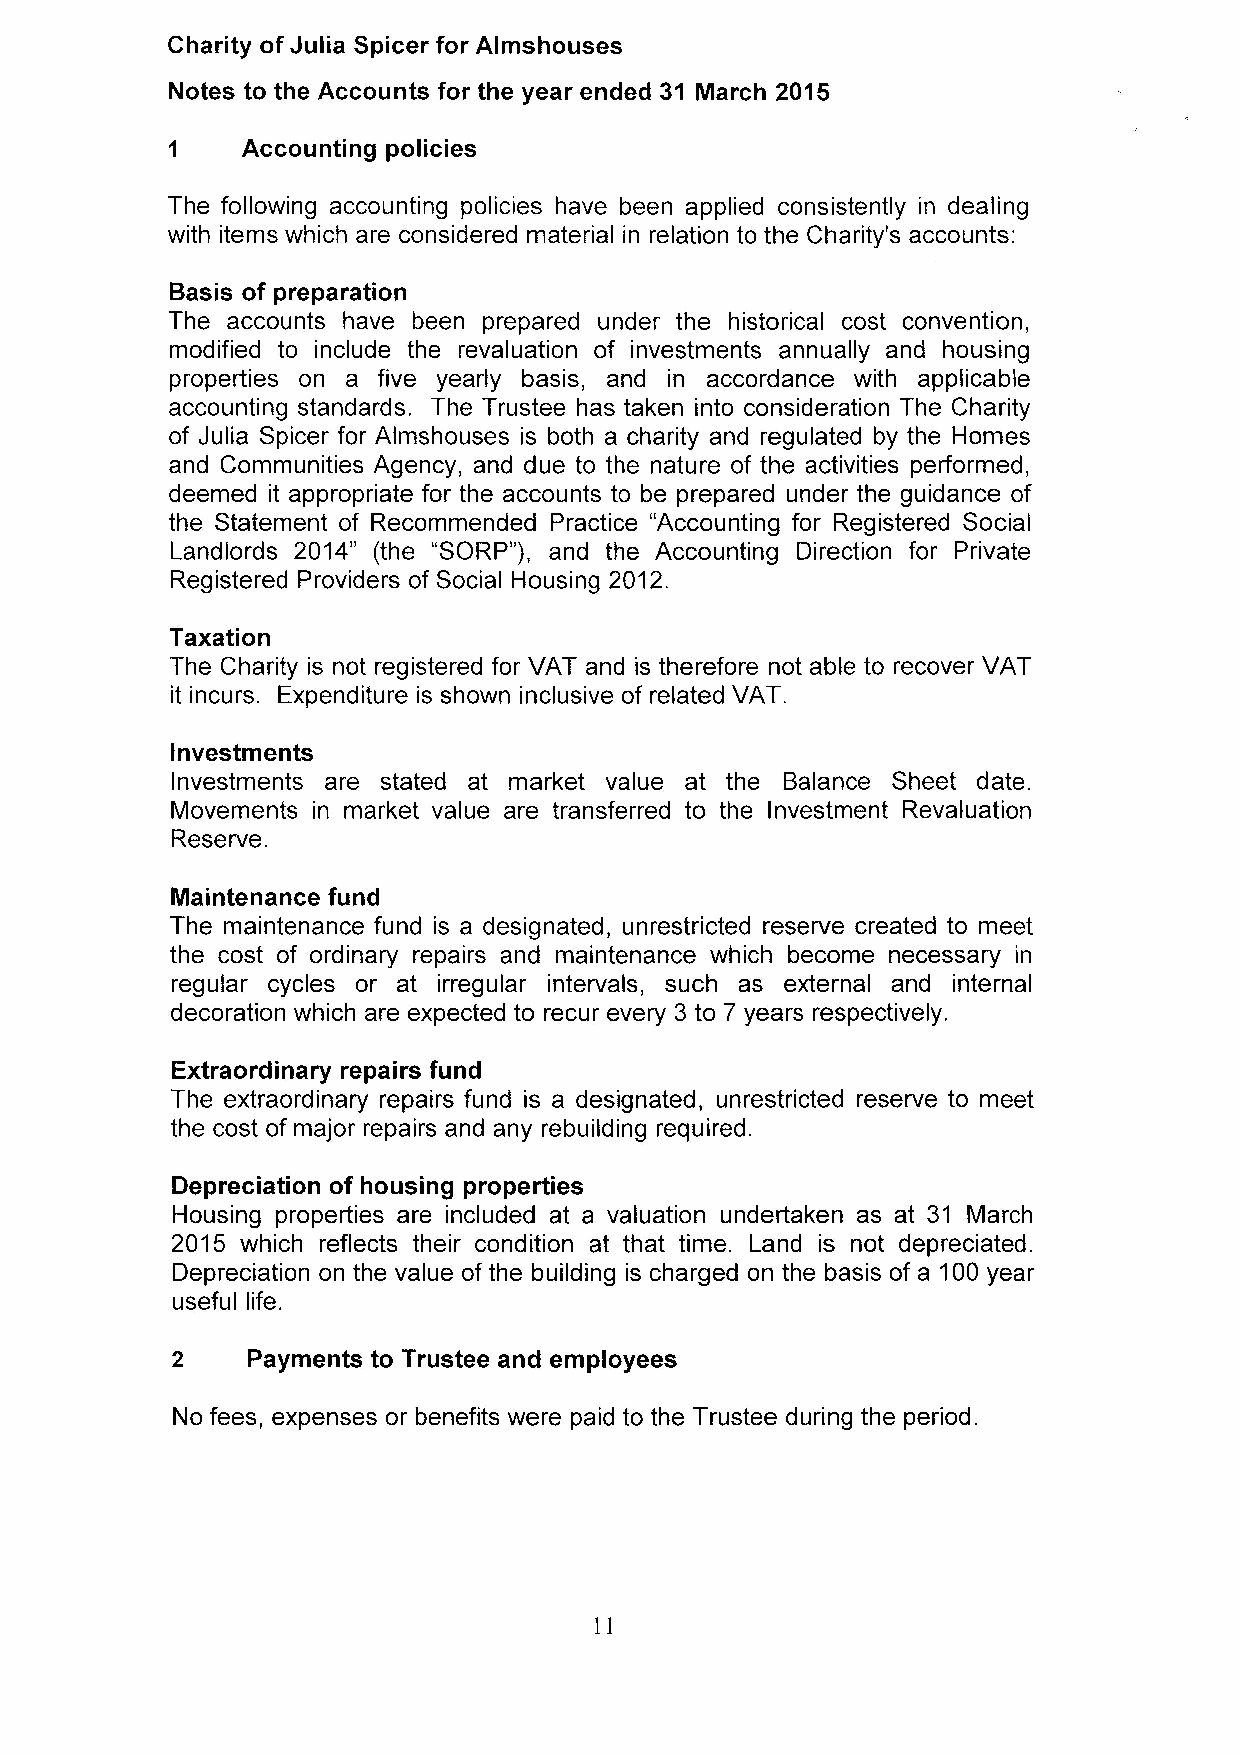
Charity of Julia Spicer for Almshouses
 Notes to the Accounts for the year ended 31 March 2015
 Accounting policies
 The following accounting policies have been applied consistently in dealing
 with items which are considered material in relation to the Charity's accounts:
 Basis of preparation
 The accounts have been prepared under the historical cost convention,
 modified to include the revaluation of investments annually and housing
 properties on a five yearly basis, and in accordance with applicable
 accounting standards. The Trustee has taken into consideration The Charity
 of Julia Spicer for Almshouses is both a charity and regulated by the Homes
 and Communities Agency, and due to the nature of the activities performed,
 deemed it appropriate for the accounts to be prepared under the guidance of
 the Statement of Recommended Practice "Accounting for Registered Social
 Landlords 2014" (the "SORP"), and the Accounting Direction for Private
 Registered Providers of Social Housing 2012.
 Taxation
 The Charity is not registered for VAT and is therefore not able to recover VAT
 it incurs. Expenditure is shown inclusive of related VAT.
 Investments
 Investments are stated at market value at the Balance Sheet date.
 Movements in market value are transferred to the Investment Revaluation
 Reserve.
 Maintenance fund
 The maintenance fund is a designated, unrestricted reserve created to meet
 the cost of ordinary repairs and maintenance which become necessary in
 regular cycles or at irregular intervals, such as external and internal
 decoration which are expected to recur every 3 to 7 years respectively.
 Extraordinary repairs fund
 The extraordinary repairs fund is a designated, unrestricted reserve to meet
 the cost of major repairs and any rebuilding required.
 Depreciation of housing properties
 Housing properties are included at a valuation undertaken as at 31 March
 2015 which reflects their condition at that time. Land is not depreciated.
 Depreciation on the value of the building is charged on the basis of a 100year
 useful life.
 2    Payments to Trustee and employees
 No fees, expenses or benefits were paid to the Trustee during the period.
 11